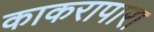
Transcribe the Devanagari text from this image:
काकरापारा